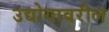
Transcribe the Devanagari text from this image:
उद्योगावरील